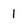
Character: 1